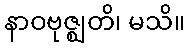
နာဝဗုဇ္ဈတိ၊ မသိ။